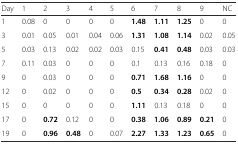
| Day | 1 | 2 | 3 | 4 | 5 | 6 | 7 | 8 | 9 | NC |
 | --- | --- | --- | --- | --- | --- | --- | --- | --- | --- | --- |
 | 1 | 0.08 | 0 | 0 | 0 | 0 | 1.48 | 1.11 | 1.25 | 0 | 0 |
 | 3 | 0.01 | 0.05 | 0.01 | 0.04 | 0.06 | 1.31 | 1.08 | 1.14 | 0.02 | 0.05 |
 | 5 | 0.03 | 0.13 | 0.02 | 0.02 | 0.03 | 0.15 | 0.41 | 0.48 | 0.03 | 0.03 |
 | 7 | 0.11 | 0.03 | 0 | 0 | 0 | 0.1 | 0.13 | 0.16 | 0.18 | 0 |
 | 9 | 0 | 0.03 | 0 | 0 | 0 | 0.71 | 1.68 | 1.16 | 0 | 0 |
 | 12 | 0 | 0.02 | 0 | 0 | 0 | 0.5 | 0.34 | 0.28 | 0.02 | 0 |
 | 15 | 0 | 0 | 0 | 0 | 0 | 1.11 | 0.13 | 0.18 | 0 | 0 |
 | 17 | 0 | 0.72 | 0.12 | 0 | 0 | 0.38 | 1.06 | 0.89 | 0.21 | 0 |
 | 19 | 0 | 0.96 | 0.48 | 0 | 0.07 | 2.27 | 1.33 | 1.23 | 0.65 | 0 |